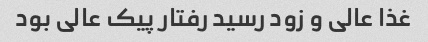
غذا عالی و زود رسید رفتار پیک عالی بود